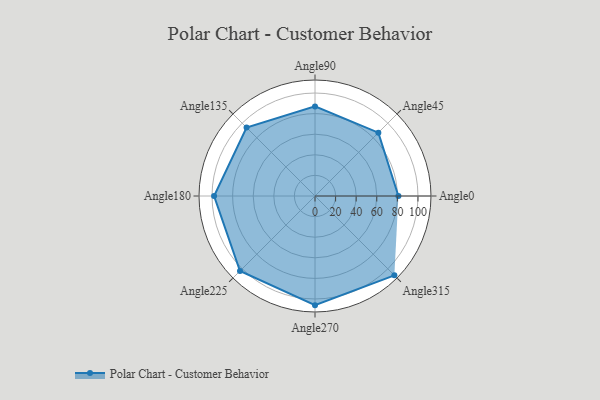
{"axis": {"x": "Angle", "y": "Radius"}, "legend": [""], "data": [{"x": "Angle0", "y": 81.0, "type": ""}, {"x": "Angle45", "y": 87.0, "type": ""}, {"x": "Angle90", "y": 87.0, "type": ""}, {"x": "Angle135", "y": 94.0, "type": ""}, {"x": "Angle180", "y": 98.0, "type": ""}, {"x": "Angle225", "y": 103.0, "type": ""}, {"x": "Angle270", "y": 106.0, "type": ""}, {"x": "Angle315", "y": 109.0, "type": ""}]}